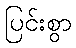
ပြင်းစွာ